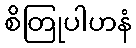
စိတြုပါဟနံ